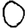
Digit: 0